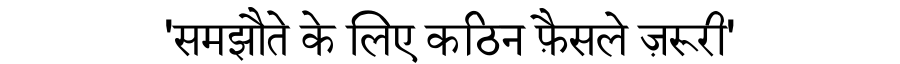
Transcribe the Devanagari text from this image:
'समझौते के लिए कठिन फ़ैसले ज़रूरी'